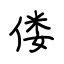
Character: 偻